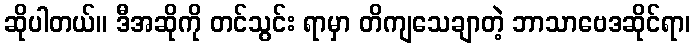
ဆိုပါတယ်။ ဒီအဆိုကို တင်သွင်း ရာမှာ တိကျသေချာတဲ့ ဘာသာဗေဒဆိုင်ရာ၊